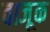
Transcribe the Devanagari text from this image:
वाजूक